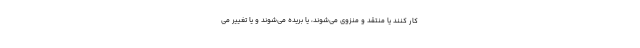
کار کنند یا منتقد و منزوی می‌شوند، یا بریده می‌شوند و یا تغییر می